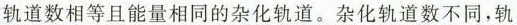
轨道数相等且能量相同的杂化轨道。杂化轨道数不同，轨